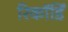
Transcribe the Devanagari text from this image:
रिकॉर्डिं